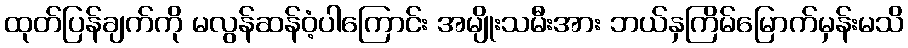
ထုတ်ပြန်ချက်ကို မလွန်ဆန်ဝံ့ပါကြောင်း အမျိုးသမီးအား ဘယ်နှကြိမ်မြောက်မှန်းမသိ